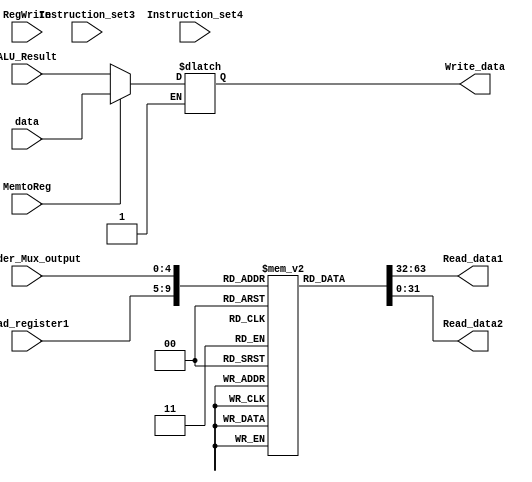
module Operand_Prep( input[4:0] Read_register1, Decoder_Mux_output, Instruction_set3, input[31:0] Instruction_set4, input RegWrite, MemtoReg, input [31:0]data, input [31:0] ALU_Result, output reg[31:0] Read_data1, Read_data2, output reg[31:0] Write_data);

reg [31:0] Register_array [0:31]; 
reg [5:0] i;
wire [4:0] Read_register2 = Decoder_Mux_output;

initial begin 
for (i=0; i<32; i = i+1) begin
Register_array[i] = 0;
end

Register_array[1] = 6;
Register_array[20] = 5; 
Register_array[25] = 15;
Register_array[3] = 3; 
end


  
always @(*) begin

 Read_data1 = Register_array[Read_register1];
  
 Read_data2 = Register_array[Read_register2];

if(i!= 31)begin

    if(RegWrite == 1'b1) begin
        if (MemtoReg== 1'b1) 
        begin
          #1
          Write_data = data;
        end
        else if (MemtoReg == 1'b0)
        begin
         #1
          Write_data = ALU_Result;
        end
        else
        begin
        #1
        Write_data = 32'bx;
        end
    end
    else begin
     #1
        Write_data = 32'bx;
    end
  end
end

endmodule